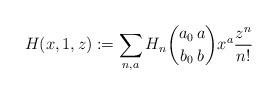
LaTeX: \begin{align*}H(x,1,z) := \sum_{n,a} H_n \binom{a_0 \, a}{b_0 \, b} x^a \dfrac{z^n}{n!} \end{align*}